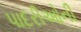
પાદરીઓની